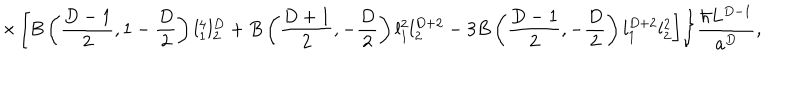
\times \left[ B \left( { \frac { D - 1 } { 2 } } , 1 - { \frac { D } { 2 } } \right) l _ { 1 } ^ { 4 } l _ { 2 } ^ { D } + B \left( { \frac { D + 1 } { 2 } } , - { \frac { D } { 2 } } \right) l _ { 1 } ^ { 2 } l _ { 2 } ^ { D + 2 } - 3 B \left( { \frac { D - 1 } { 2 } } , - { \frac { D } { 2 } } \right) l _ { 1 } ^ { D + 2 } l _ { 2 } ^ { 2 } \right] \Biggr \} { \frac { \hbar L ^ { D - 1 } } { a ^ { D } } } ,